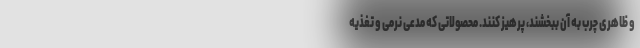
و ظاهری چرب به آن ببخشند، پرهیز کنند. محصولاتی که مدعی نرمی و تغذیه